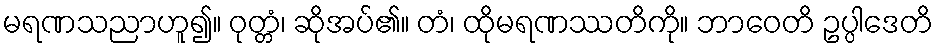
မရဏသညာဟူ၍။ ဝုတ္တံ၊ ဆိုအပ်၏။ တံ၊ ထိုမရဏဿတိကို။ ဘာဝေတိ ဥပ္ပါဒေတိ